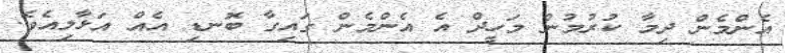
އެންމެން ދިމާ ކުރުމުން މަހީދް އެ އެންމެން ގައިގާ ބޮނޑި އެއް އަޅާލިއެވެ.